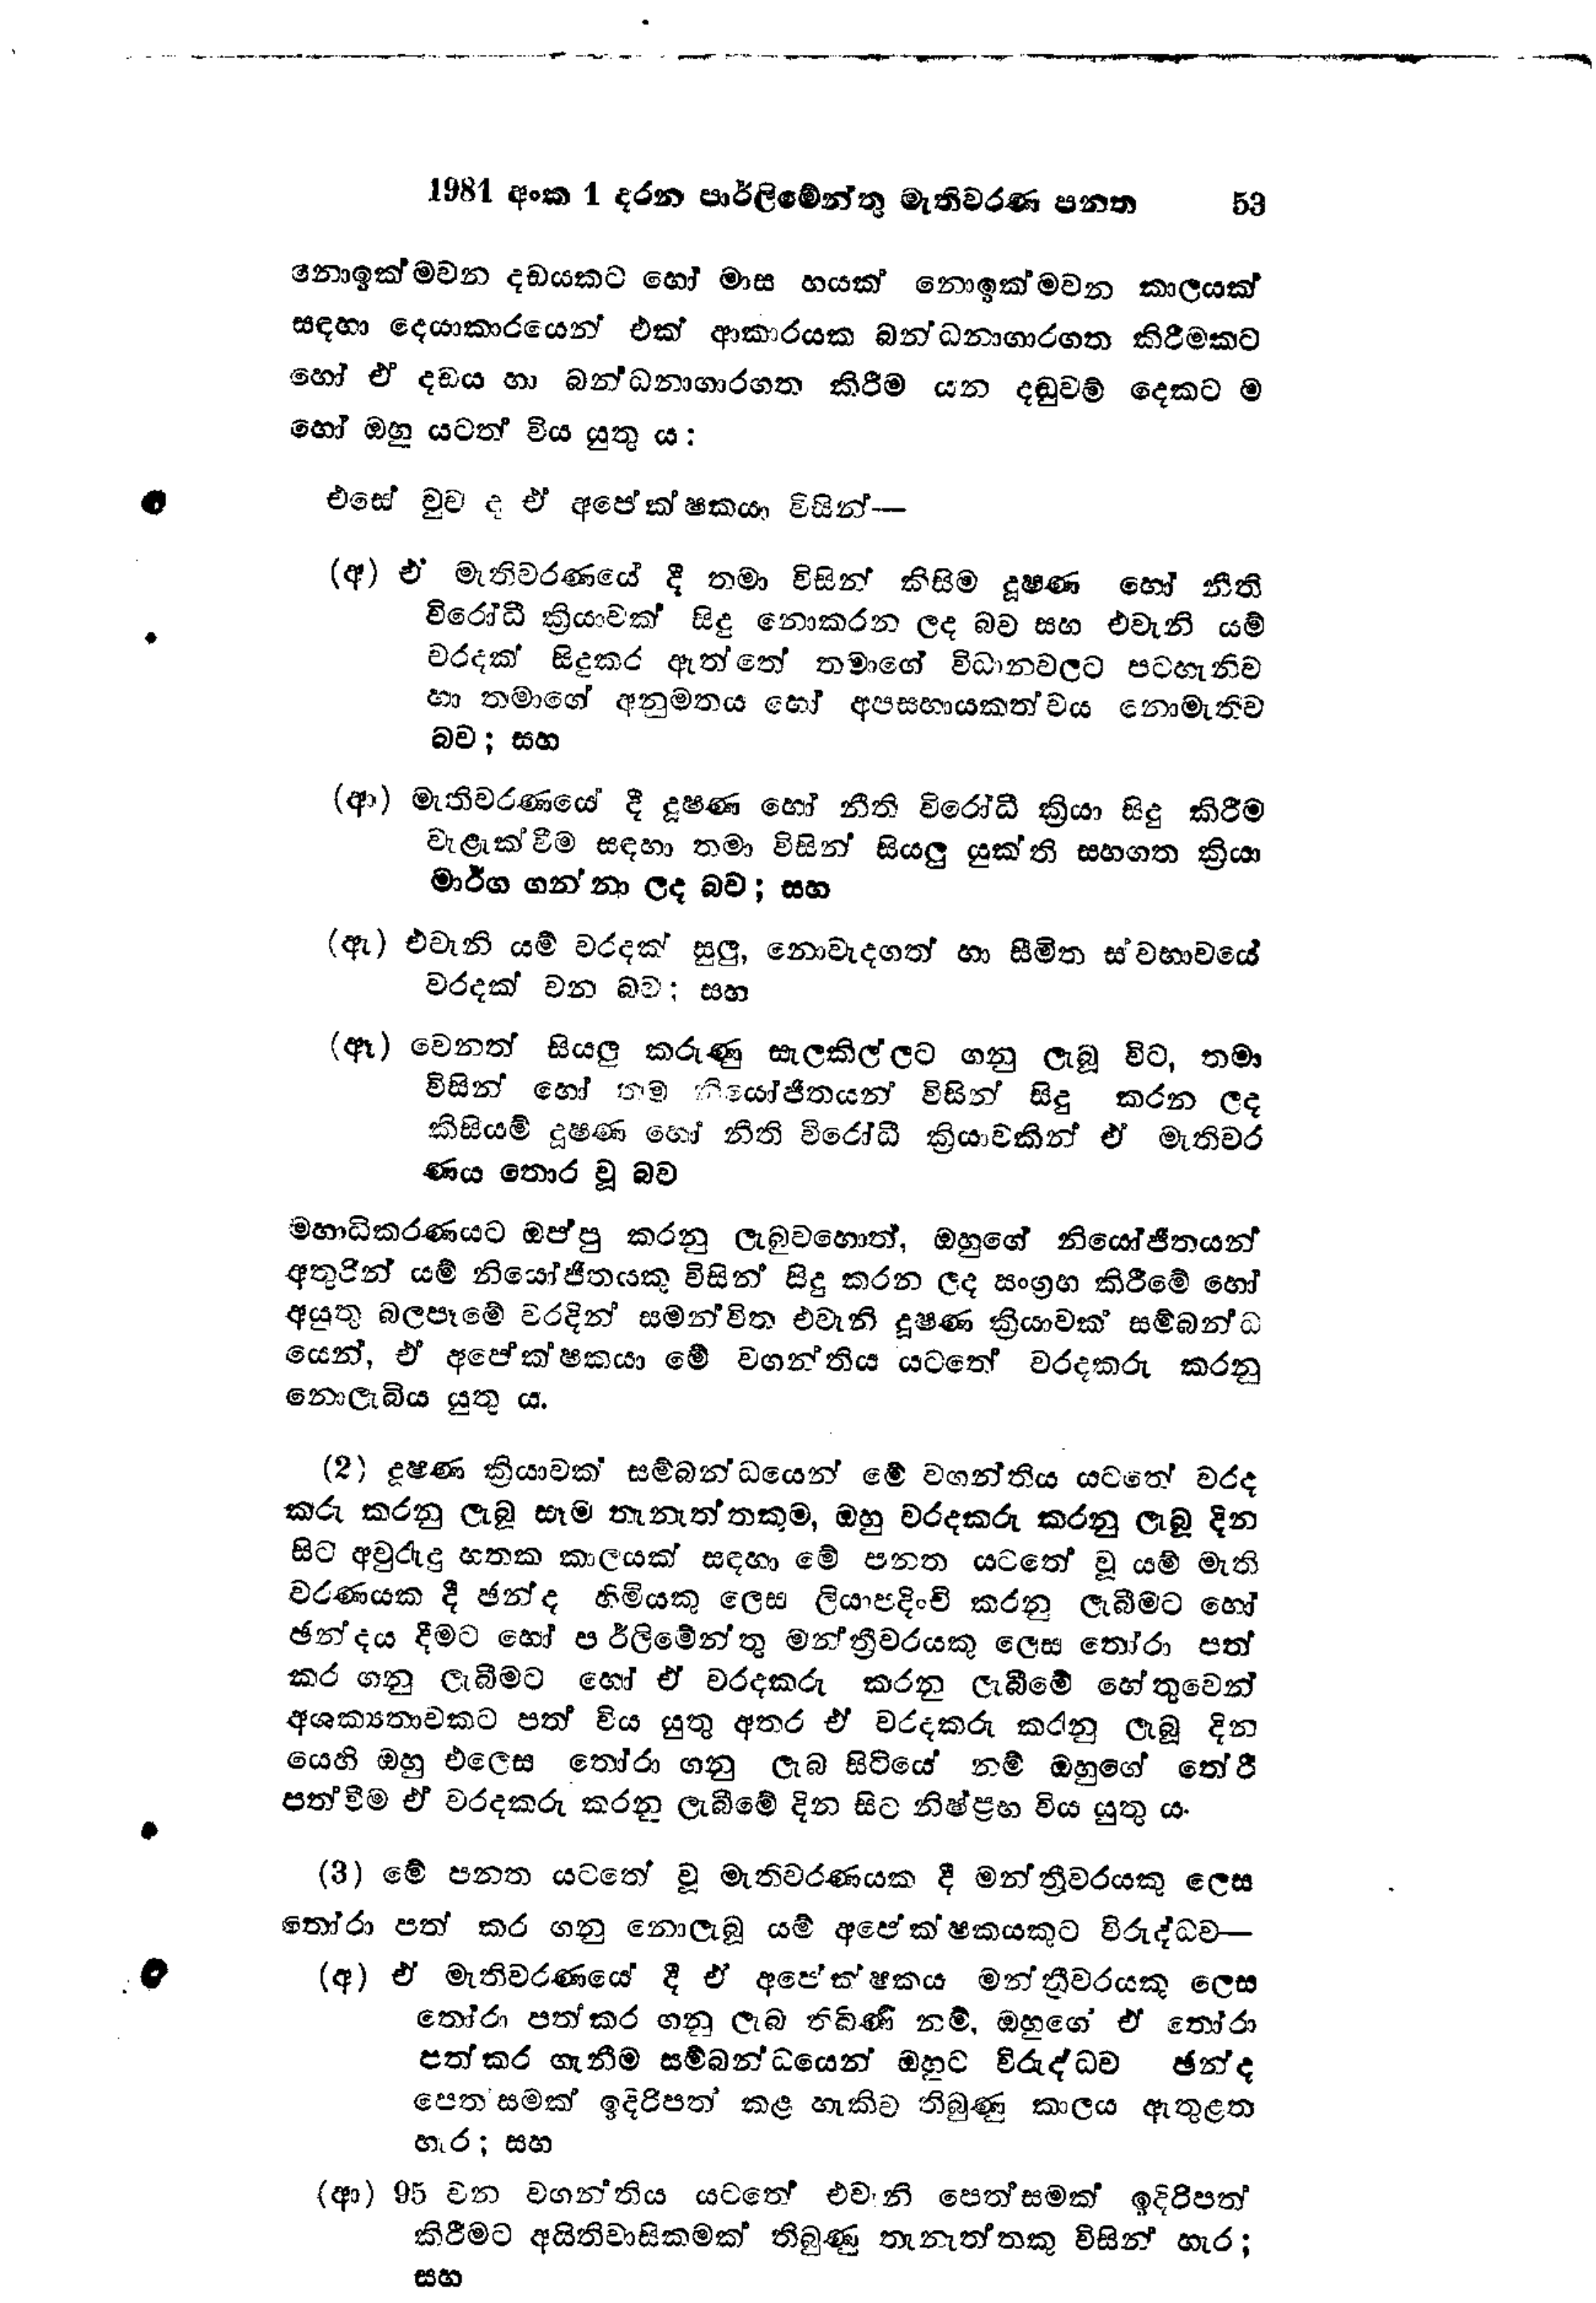
1981 අංක 1 දරන පාර්ලිමේන්තු මැතිවරණ පනත 			53

නොඉක්මවන දඩයකට හෝ මාස හයක් නොඉක්මවන කාලයක්
සඳහා දෙයාකාරයෙන් එක් ආකාරයක බන්ධනාගාරගත කිරීමකට
හෝ ඒ දඩය හා බන්ධනාගාරගත කිරීම යන දඬුවම් දෙකට ම
හෝ ඔහු යටත් විය යුතු ය:

එසේ වුව ද ඒ අපේක්ෂකයා විසින් -

(අ) ඒ මැතිවරණයේ දී තමා විසින් කිසිම දූෂණ හෝ නීති
විරෝධී ක්‍රියාවක් සිදු නොකරන ලද බව සහ එවැනි යම්
වරදක් සිදුකර ඇත්තේ තමාගේ විධානවලට පටහැනිව
හා තමාගේ අනුමතය හෝ අපසහායකත්වය නොමැතිව
බව; සහ

(ආ) මැතිවරණයේ දී දූෂණ හෝ නීති විරෝධී ක්‍රියා සිදු කිරීම
වැළැක්වීම සඳහා තමා විසින් සියලු යුක්ති සහගත ක්‍රියා
මාර්ග ගන්නා ලද බව; සහ

(ඇ) එවැනි යම් වරදක් සුලු, නොවැදගත් හා සීමිත ස්වභාවයේ
වරදක් වන බව; සහ

(ඈ) වෙනත් සියලු කරුණු සැලකිල්ලට ගනු ලැබූ විට, තමා
විසින් හෝ තම නියෝජිතයන් විසින් සිදු කරන ලද
කිසියම් දූෂණ හෝ නීති විරෝධී ක්‍රියාවකින් ඒ මැතිවර
ණය තොර වූ බව

මහාධිකරණයට ඔප්පු කරනු ලැබුවහොත්, ඔහුගේ නියෝජිතයන්
අතුරින් යම් නියෝජිතයකු විසින් සිදු කරන ලද සංග්‍රහ කිරීමේ හෝ
අයුතු බලපෑමේ වරදින් සමන්විත එවැනි දූෂණ ක්‍රියාවක් සම්බන්ධ
යෙන්, ඒ අපේක්ෂකයා මේ වගන්තිය යටතේ වරදකරු කරනු
නොලැබිය යුතු ය.

(2) දූෂණ ක්‍රියාවක් සම්බන්ධයෙන් මේ වගන්තිය යටතේ වරද
කරු කරනු ලැබූ සෑම තැනැත්තකුම, ඔහු වරදකරු කරනු ලැබූ දින
සිට අවුරුදු හතක කාලයක් සඳහා මේ පනත යටතේ වූ යම් මැති
වරණයක දී ඡන්ද හිමියකු ලෙස ලියාපදිංචි කරනු ලැබීමට හෝ
ඡන්දය දීමට හෝ පාර්ලිමේන්තු මන්ත්‍රීවරයකු ලෙස තෝරා පත්
කර ගනු ලැබීමට හෝ ඒ වරදකරු කරනු ලැබීමේ හේතුවෙන්
අශක්‍යතාවකට පත් විය යුතු අතර ඒ වරදකරු කරනු ලැබූ දින
යෙහි ඔහු එලෙස තෝරා ගනු ලැබ සිටියේ නම් ඔහුගේ තේරී
පත්වීම ඒ වරදකරු කරනු ලැබීමේ දින සිට නිෂ්ප්‍රභ විය යුතු ය.

(3) මේ පනත යටතේ වූ මැතිවරණයක දී මන්ත්‍රීවරයකුට ලෙස
තෝරා පත් කර ගනු නොලැබූ යම් අපේක්ෂකයකුට විරුද්ධව -
(අ) ඒ මැතිවරණයේ දී ඒ අපේක්ෂකය මන්ත්‍රීවරයකු ලෙස
තෝරා පත් කර ගනු ලැබ තිබිණි නම්, ඔහුගේ ඒ තෝරා
පත් කර ගැනීම සම්බන්ධයෙන් ඔහුට විරුද්ධව ඡන්ද
පෙත්සමක් ඉදිරිපත් කළ හැකිව තිබුණු කාලය ඇතුළත
හැර; සහ
(ආ) 95 වන වගන්තිය යටතේ එවනි පෙත්සමක් ඉදිරිපත්
කිරීමට අයිතිවාසිකමක් තිබුණු තැනැත්තකු විසින් හැර ;
සහ